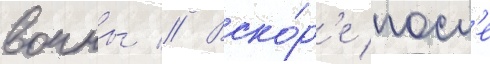
воины // Вско́р'е посл'е